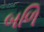
બળિ